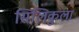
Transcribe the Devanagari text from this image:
सिलिकुला